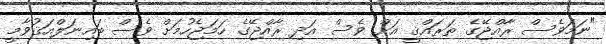
"ނަމަވެސް ރާއްޖޭގެ ތަރައްޤީ އަށް ވެސް އަދި ރާއްޖޭގެ ހަމަޖެހުމަށް ވެސް ބައިނަލްއަޤުވާމީ